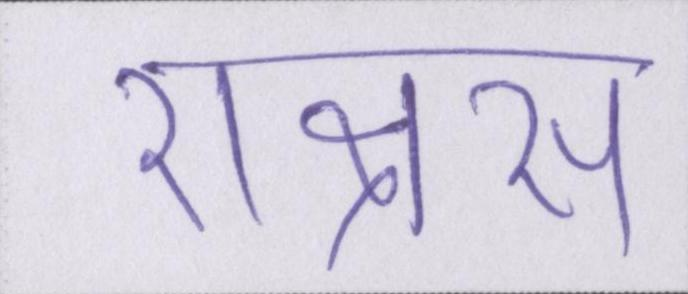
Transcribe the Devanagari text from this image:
राक्षस